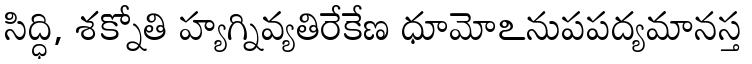
సిద్ధి, శక్నోతి హ్యగ్నివ్యతిరేకేణ ధూమోఽనుపపద్యమానస్త